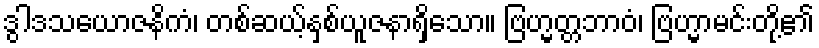
ဒွါဒသယောဇနိကံ၊ တစ်ဆယ့်နှစ်ယူဇနာရှိသော။ ဗြဟ္မတ္တဘာဝံ၊ ဗြဟ္မာမင်းတို့၏